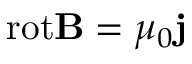
\mathrm { r o t } { \bf B } = \mu _ { 0 } { \bf j }